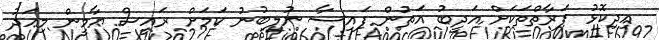
އިދިކޮޅު ފަރާތްތަކަށް އަދީބު އަތުން ފައިސާ ނުލިބުނު ކަމަށް ރައީސް ޔާމީން މިއަދު